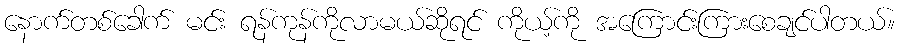
နောက်တစ်ခေါက် မင်း ရန်ကုန်ကိုလာမယ်ဆိုရင် ကိုယ့်ကို အကြောင်းကြားစေချင်ပါတယ်။